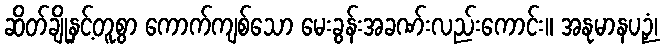
ဆိတ်ချိုနှင့်တူစွာ ကောက်ကျစ်သော မေးခွန်းအခဏ်းလည်းကောင်း။ အနုမာနပဉှံ၊